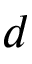
d